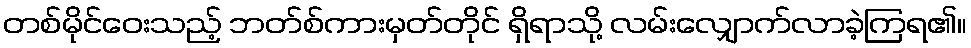
တစ်မိုင်ဝေးသည့် ဘတ်စ်ကားမှတ်တိုင် ရှိရာသို့ လမ်းလျှောက်လာခဲ့ကြရ၏။